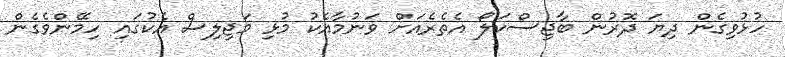
ހުޅުވިގެން ދިޔަ ދޮރުން ބާޖިސްކަލޯ އެތެރެއަށް ވަނުމާއެކު މުޅި މަޖިލިސް އެކުގައި ހިމޭންވެގެން